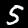
Label: 5